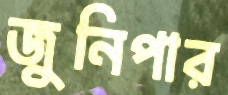
জুনিপার